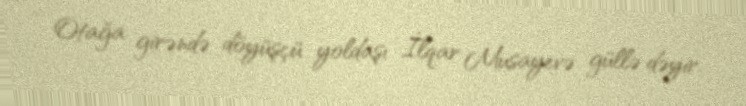
Otağa girəndə döyüşçü yoldaşı İlqar Musayevə güllə dəyir.